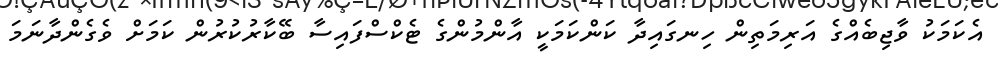
އެކަމަކު ވާޖިބެއްގެ އަރިމަތިން ހިނގައިދާ ކަންކަމަކީ އާންމުންގެ ޓެކްސްފައިސާ ބޭކާރުކުރުން ކަމަށް ވެގެންދާނަމަ